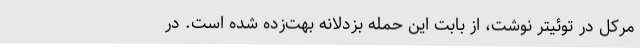
مرکل در توئیتر نوشت، از بابت این حمله بزدلانه بهت‌زده شده است. در